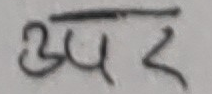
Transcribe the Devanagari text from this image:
अपर